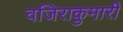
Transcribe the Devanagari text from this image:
वजिराकुमारी